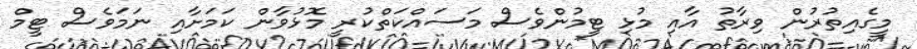
މީގެއިތުރުން ވިރާތު އާއި މުޅި ޓީމުންވެސް މަސައްކަތްކުރީ މޮޅުވާން ކަމަށާއި ނަމަވެސް ޓީމް